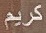
كريم